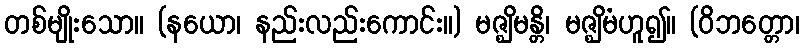
တစ်မျိုးသော။ (နယော၊ နည်းလည်းကောင်း။) မဇ္ဈိမန္တိ၊ မဇ္ဈိမံဟူ၍။ (ဝိဘတ္တော၊